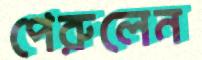
পেরুলেন